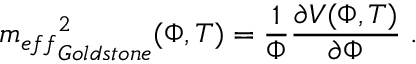
{ m _ { e f f } } _ { G o l d s t o n e } ^ { 2 } ( \Phi , T ) = \frac { 1 } { \Phi } \frac { \partial V ( \Phi , T ) } { \partial \Phi } \; .